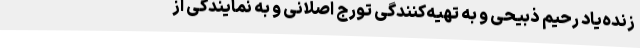
زنده‌یاد رحیم ذبیحی و به تهیه‌کنندگی تورج اصلانی و به نمایندگی از